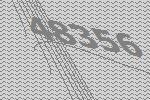
48356